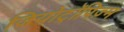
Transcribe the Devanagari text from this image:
जियोट्रॉपिज़्म